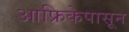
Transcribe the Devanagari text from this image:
आफ्रिकेपासून